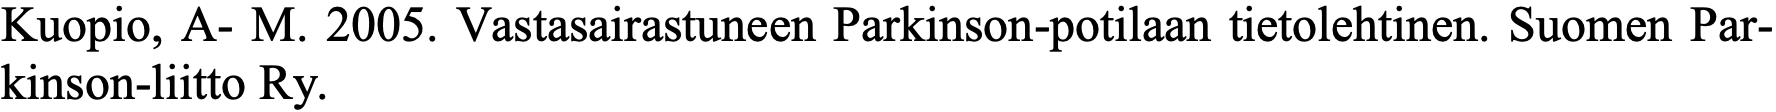
Kuopio, A- M. 2005. Vastasairastuneen Parkinson-potilaan tietolehtinen. Suomen Par- kinson-liitto Ry.